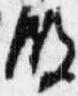
殿